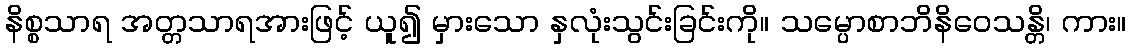
နိစ္စသာရ အတ္တသာရအားဖြင့် ယူ၍ မှားသော နှလုံးသွင်းခြင်းကို။ သမ္ပောစာဘိနိဝေသန္တိ၊ ကား။